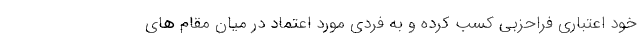
خود اعتباری فراحزبی کسب کرده و به فردی مورد اعتماد در میان مقام های